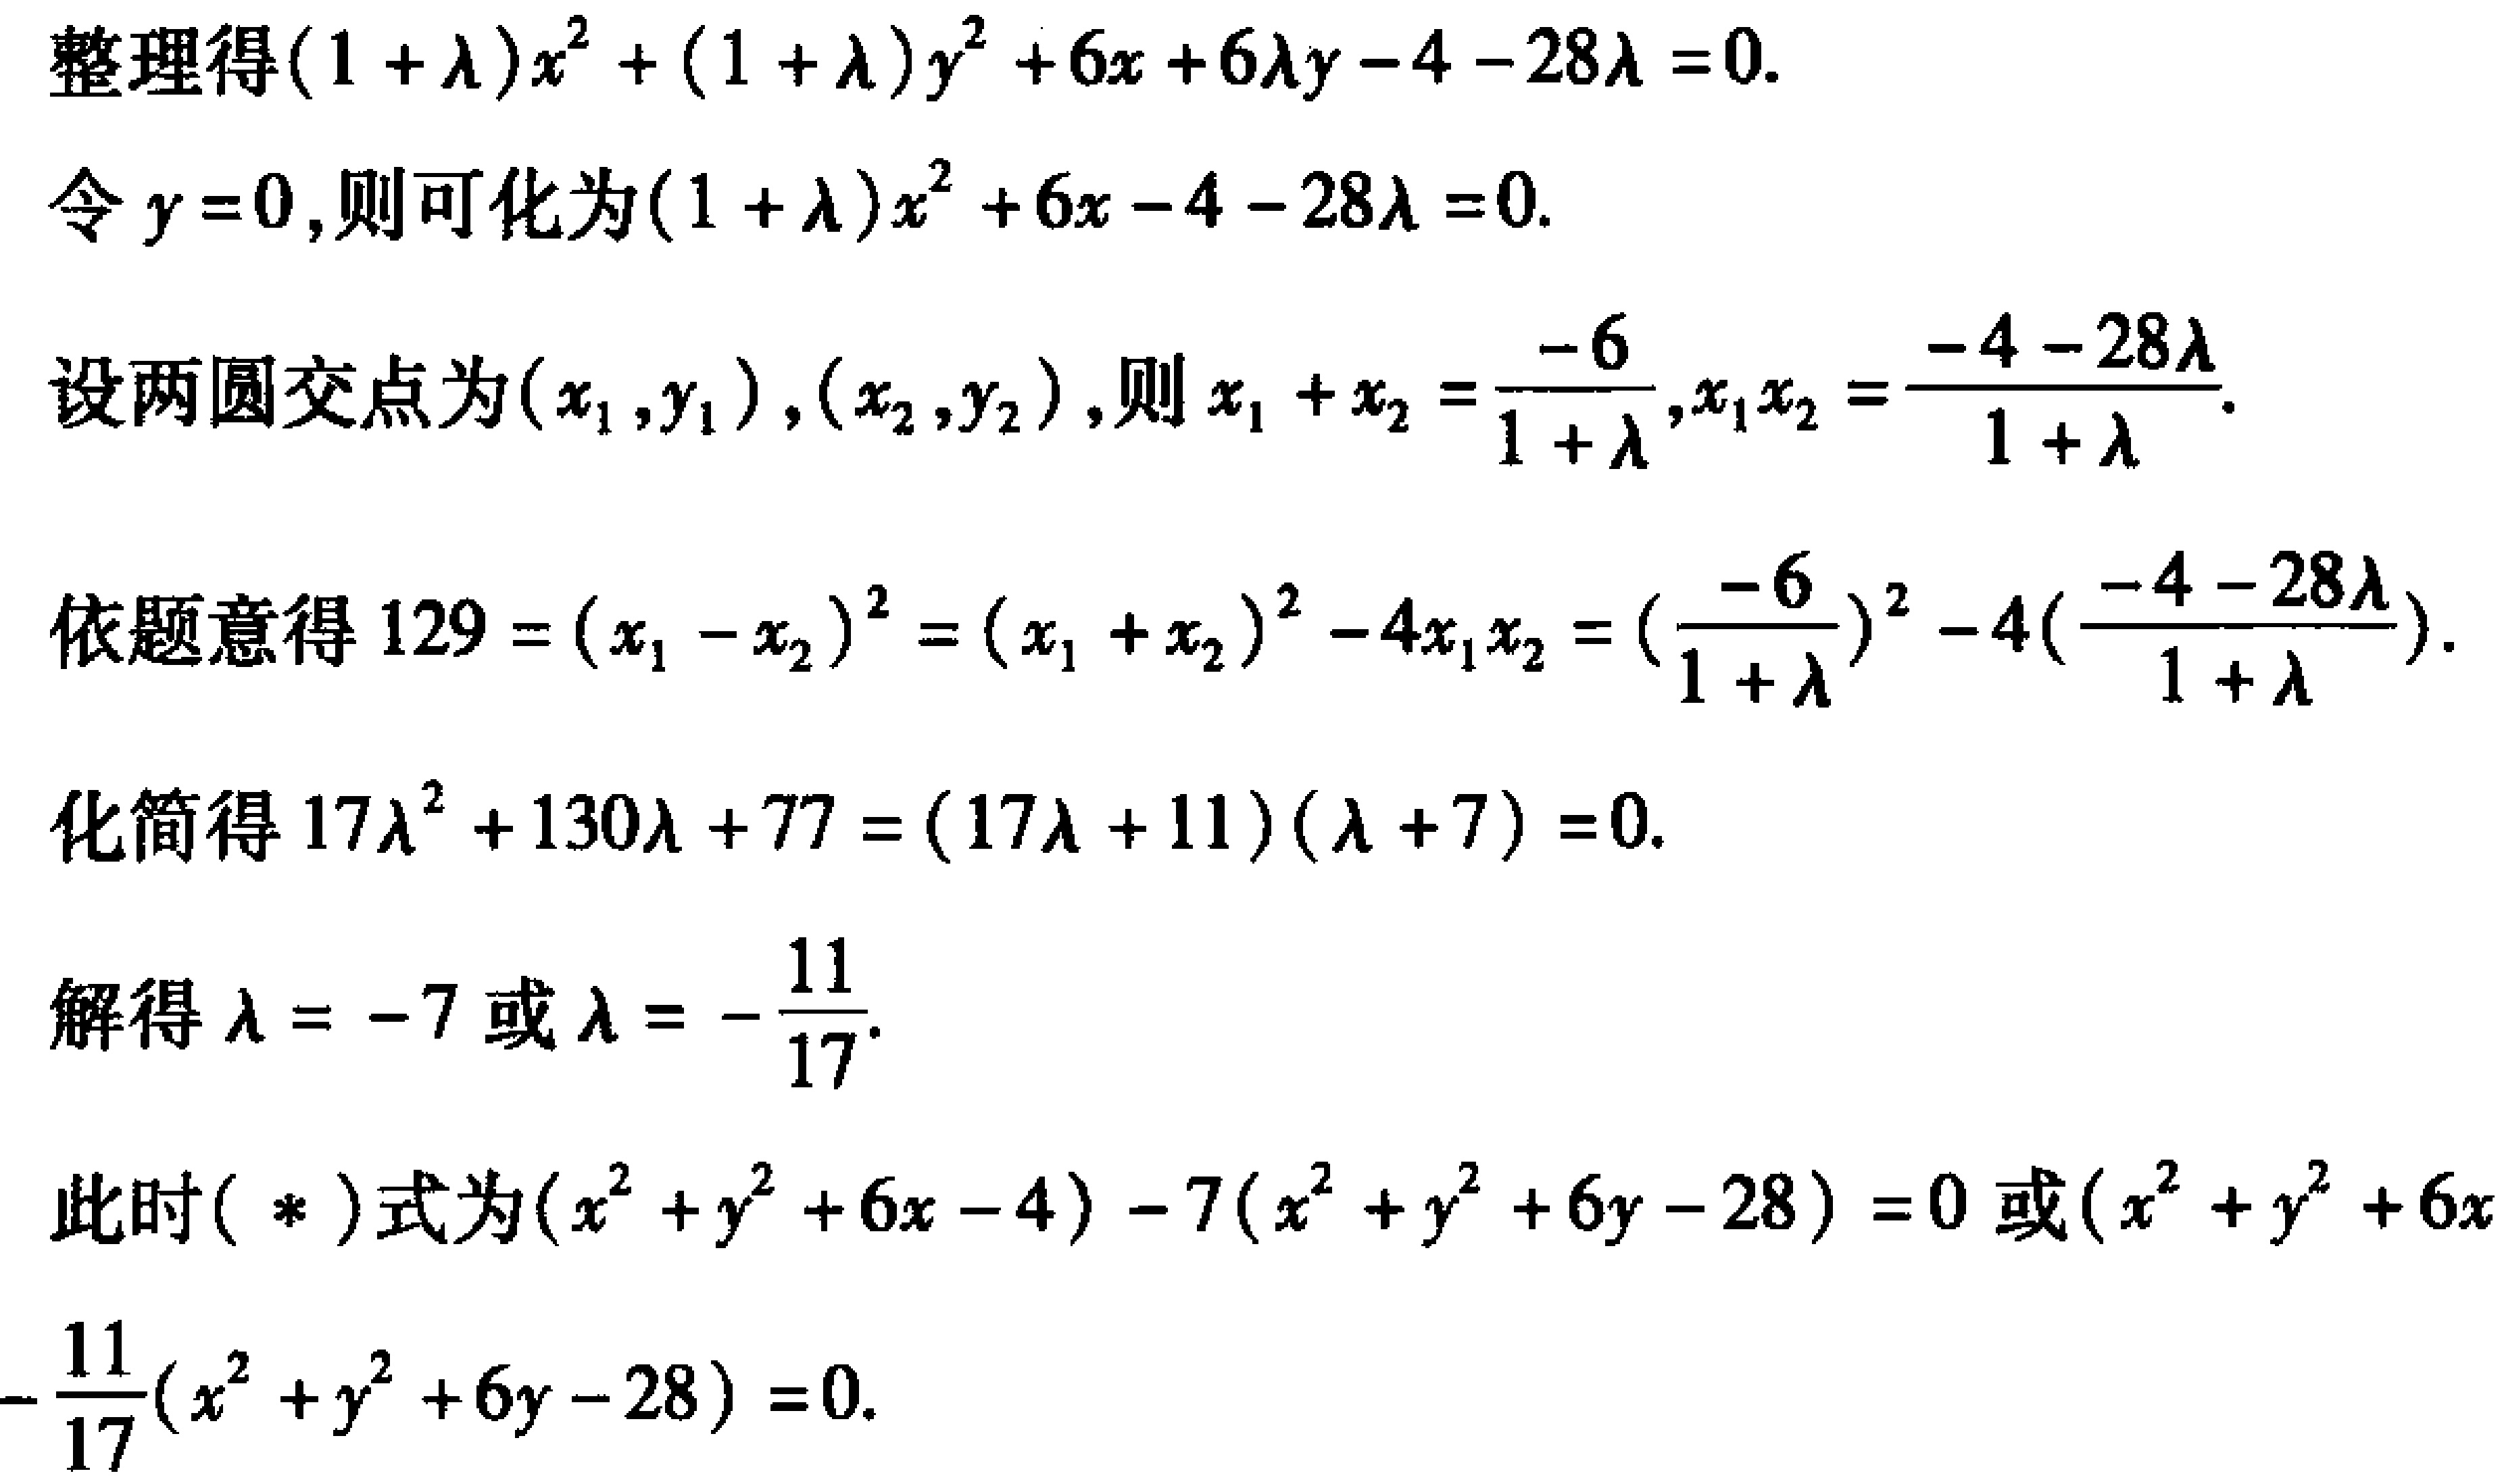
整理得\((1 + \lambda)x^{2} + (1 + \lambda)y^{2} + 6x + 6\lambda y - 4 - 28\lambda = 0\).
令\(y = 0\),则可化为\((1 + \lambda)x^{2} + 6x - 4 - 28\lambda = 0\).
设两圆交点为\((x_{1},y_{1})\),\((x_{2},y_{2})\),则\(x_{1} + x_{2} = \frac{-6}{1 + \lambda}\),\(x_{1}x_{2} = \frac{-4 - 28\lambda}{1 + \lambda}\).
依题意得\(129 = (x_{1} - x_{2})^{2} = (x_{1} + x_{2})^{2} - 4x_{1}x_{2} = (\frac{-6}{1 + \lambda})^{2} - 4(\frac{-4 - 28\lambda}{1 + \lambda})\).
化简得\(17\lambda^{2} + 130\lambda + 77 = (17\lambda + 11)(\lambda + 7) = 0\).
解得\(\lambda = -7\)或\(\lambda = -\frac{11}{17}\).
此时\((*)\)式为\((x^{2} + y^{2} + 6x - 4) - 7(x^{2} + y^{2} + 6y - 28) = 0\)或\((x^{2} + y^{2} + 6x -\frac{11}{17}(x^{2} + y^{2} + 6y - 28) = 0\).